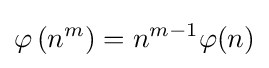
\varphi \left(n^{m}\right)=n^{m-1}\varphi (n)